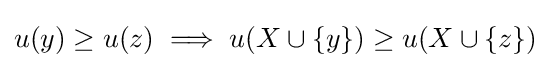
u(y)\geq u(z)\implies u(X\cup \{y\})\geq u(X\cup \{z\})